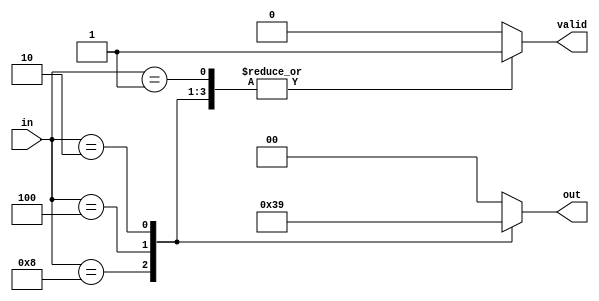
`timescale 1ns / 1ps
//////////////////////////////////////////////////////////////////////////////////
// Company: 
// Engineer: 
// 
// Design Name: 
// Module Name: Priority_encoder
// Project Name: 
// Target Devices: 
// Tool Versions: 
// Description: 
// 
// Dependencies: 
// 
// Revision:
// Revision 0.01 - File Created
// Additional Comments:
// 
//////////////////////////////////////////////////////////////////////////////////


module priority_encoder (
    input [3:0] in,   // 4-bit input
    output reg [1:0] out, // 2-bit output
    output reg valid  // valid output
);

always @(*) begin
    valid = 1;
    casez (in)
        4'b1000: out = 2'b11; // Highest priority
        4'b0100: out = 2'b10;
        4'b0010: out = 2'b01;
        4'b0001: out = 2'b00; // Lowest priority
        default: begin
            out = 2'b00;
            valid = 0; // No valid input
        end
    endcase
end

endmodule